Report on plague and inoculation in the Punjab from October 1st ... to September 30th..., being the ... season of plague in the province
Disease focus: Plague
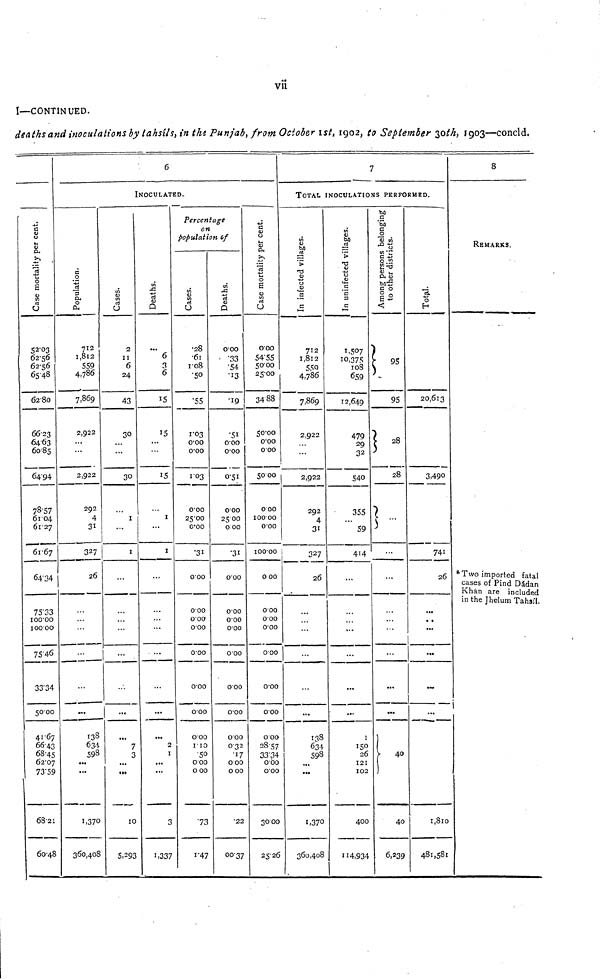
vii
I—CONTINUED.
deaths and inoculations by tahsils, in the Punjab, from October 1st, 1902, to September 30th, 1903—concld.
Case mortality per cent
52'03
62'56
62'56
65'48
6280
66'23
64 63
60' 85
64' 94
78' 57
61 04
61 '27
61' 67
64 '34
75' 33
100'00
100 00
7546
33'34
5000
41' 67
6643
68' 45
62' 07
73'59
68'21
60'48
6
INOCULATED.
Populations.
712
1,8l2
559
4,786
7,869
2,922
2,922
292
4
31
327
26
...
...
...
...
...
...
138
634
598
...
...
1,370
360,408
Cases.
2
II
6
24
43
30
30
1
...
1
...
...
...
...
...
...
...
...
...
7
3
...
...
10
5,293
Deaths.
6
3
6
15
15
...
15
1
1
...
...
...
... ...
...
...
...
...
2
1
...
...
3
1,337
Percentage
on
population of
Case
•28
'61
1'08
'50
'55
1'03
0'00
0'00
1'03
0'00
25'00
O'OO
'31
0'00
0'00
0'00
0'00
0'00
000
000
0'00
1'10
'50
0'00
0 00
'73
1'47
Deaths.
000
'33
'54
'13
'19
'51
000
0'00
0'51
000
25 00
0 00
'31
0'00
0'00
0'00
0'00
000
0 00
0'00
000
032
'17
0'00
0 00
'22
00'37
Case mortality percent
000
54'55
5000
25'00
34'88
50'00
0'00
0 00
50 00
0 00
100' 00
000
100'00
0 00
0'00
0'00
0'00
000
0'00
000
000
28 57
33'34
0'00
0'00
3000
25' 26
7
TOTAL INOCULATIONS PERFORMED.
In Infected Villages
712
1,812
550
4,786
7,869
2,922
2,922
292
4
31
327
26
...
...
...
...
...
138
634
598
...
1,370
360,408
In uninfected Villages
1,507
10,375
108
659
12,649
479
29
32
540
355
59
414
...
...
...
...
...
1
150
26
121
102
400
114,934
Among persons belonging
to other districts.
!.-
95
.
28
...
...
...
...
...
...
40
40
6,239
Among person belonging
other districts
20,613
3,490
741
26
...
...
...
...
...
...
1,810
481, 581
8
REMARKS.
Total.
* Two imported fatal
cases of Pind Dádan
Khan are included
in the Jhelum Tahsil.